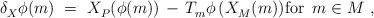
LaTeX: \begin{align*} \delta_X^{} \phi(m)~=~X_P^{}(\phi(m)) \, - \, T_m^{} \phi \, (X_M^{}(m)) \mbox{for $\, m \in M$}~,\end{align*}